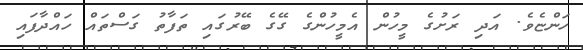
ހަންޏެވެ. އަދި ރަށުގެ މީހުން އެމީހުންގެ ގޭގެ ބޭރުގައި ތަފާތު ގަސްތައް ހައްދާފައި